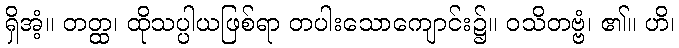
ရှိအံ့။ တတ္ထ၊ ထိုသပ္ပါယဖြစ်ရာ တပါးသောကျောင်း၌။ ဝသိတဗ္ဗံ၊ ၏။ ဟိ၊